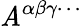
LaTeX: \mathit{A}^{\alpha\beta\gamma\cdots}